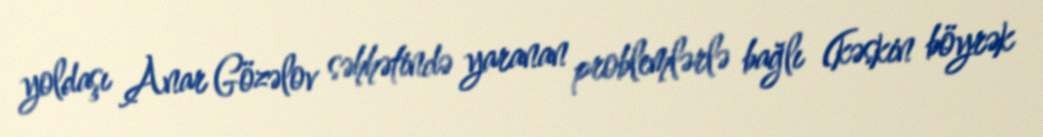
yoldaşı Anar Gözəlov səhhətində yaranan problemlərlə bağlı (kəskin böyrək